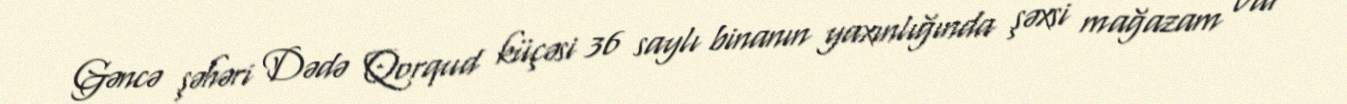
Gəncə şəhəri Dədə Qorqud küçəsi 36 saylı binanın yaxınlığında şəxsi mağazam var